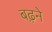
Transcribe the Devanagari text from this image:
बढ़़ने